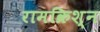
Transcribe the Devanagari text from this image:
रामक्रिश्न